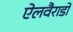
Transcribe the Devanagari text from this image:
ऐलवैराडो